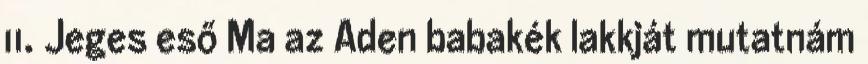
11. Jeges eső Ma az Aden babakék lakkját mutatnám